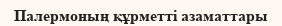
Палермоның құрметті азаматтары